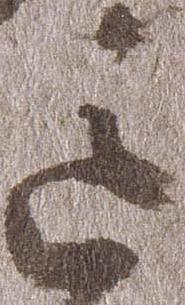
道